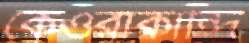
কেওরাকান্দি